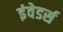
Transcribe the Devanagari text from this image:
इंवेडर्स